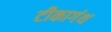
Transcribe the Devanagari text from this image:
टीकागंथ